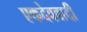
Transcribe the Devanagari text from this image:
एकदेववादी